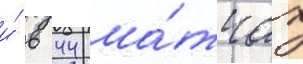
и́ в 44 ма́тчах